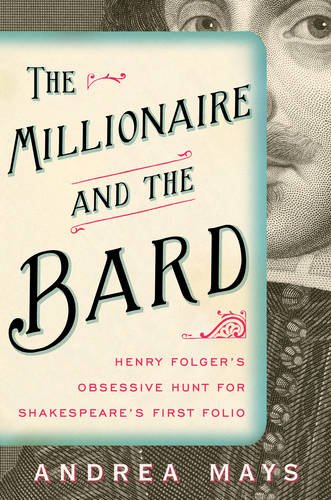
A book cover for The Millionaire and the Bard: Henry Folger's Obsessive Hunt for Shakespeare's First Folio; Andrea Mays; Literature & Fiction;